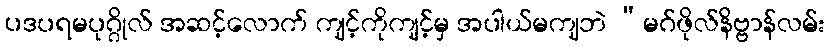
ပဒပရမပုဂ္ဂိုလ် အဆင့်လောက် ကျင့်ကိုကျင့်မှ အပါယ်မကျဘဲ “မဂ်ဖိုလ်နိဗ္ဗာန်လမ်း